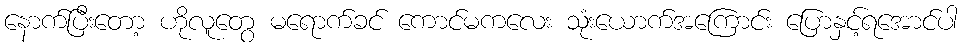
နောက်ပြီးတော့ ဟိုလူတွေ မရောက်ခင် ကောင်မကလေး သုံးယောက်အကြောင်း ပြောနှင့်ရအောင်ပါ